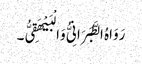
رَوَاہُ الطَّبَرَانِیُّ وَالْبَیْھَقِیُّ۔